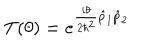
LaTeX: T ( \theta ) = e ^ { \frac { i \theta } { 2 \hbar ^ { 2 } } \hat { p } _ { 1 } \hat { p } _ { 2 } }